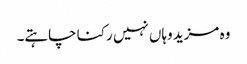
وہ مزید وہاں نہیں رکنا چاہتے۔